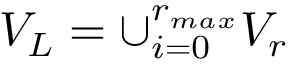
V _ { L } = \cup _ { i = 0 } ^ { r _ { m a x } } V _ { r }